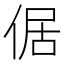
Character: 倨